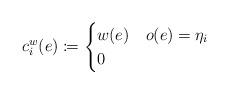
LaTeX: \begin{align*}c^w_i(e)\coloneqq\begin{cases}w(e) & o(e)=\eta_i\\0& \end{cases}\end{align*}